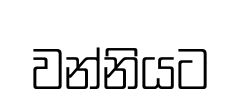
වන්නියට